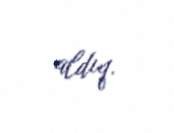
aldıq.